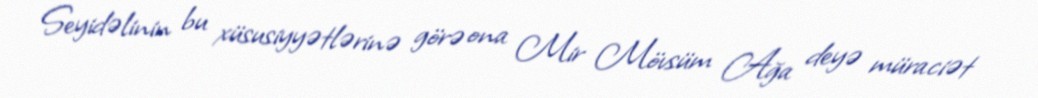
Seyidəlinin bu xüsusiyyətlərinə görə ona Mir Mövsüm Ağa deyə müraciət